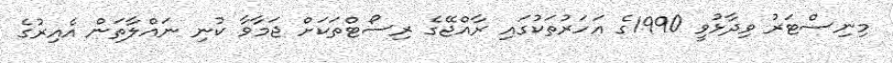
މިނިސްޓަރު ވިދާޅުވީ 1990ގެ އަހަރުތަކުގައި ރާއްޖޭގެ ރިސޯޓްތަކަށް ޖަމާވާ ކުނި ނައްލާތަން އެއިރުގެ